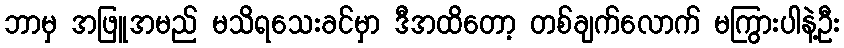
ဘာမှ အဖြူအမည် မသိရသေးခင်မှာ ဒီအထိတော့ တစ်ချက်လောက် မကြွားပါနဲ့ဦး